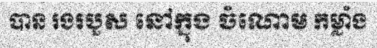
បាន រងរបួស នៅក្នុង ចំណោម កម្លាំង